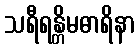
သရီရန္တိမဓာရိနာ